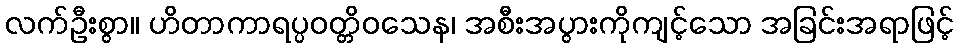
လက်ဦးစွာ။ ဟိတာကာရပ္ပဝတ္တိဝသေန၊ အစီးအပွားကိုကျင့်သော အခြင်းအရာဖြင့်